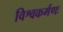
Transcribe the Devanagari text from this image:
विश्वकर्मणः